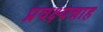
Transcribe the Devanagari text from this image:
प्रवक्ष्यन्नाह